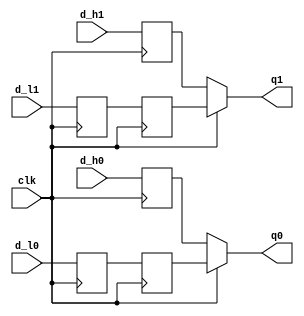
module ddr3_s4_uniphy_example_sim_ddr3_s4_uniphy_example_sim_e0_if0_p0_hr_to_fr(
	clk,
	d_h0,
	d_h1,
	d_l0,
	d_l1,
	q0,
	q1
);

input	clk;
input	d_h0;
input	d_h1;
input	d_l0;
input	d_l1;
output	q0;
output	q1;

reg	q_h0;
reg	q_h1;
reg	q_l0;
reg	q_l1;
reg	q_l0_neg;
reg	q_l1_neg;

	always @(posedge clk)
	begin
		q_h0 <= d_h0;
		q_l0 <= d_l0;
		q_h1 <= d_h1;
		q_l1 <= d_l1;
	end

	always @(negedge clk)
	begin
		q_l0_neg <= q_l0;
		q_l1_neg <= q_l1;
	end

	assign q0 = clk ? q_l0_neg : q_h0;
	assign q1 = clk ? q_l1_neg : q_h1;

endmodule